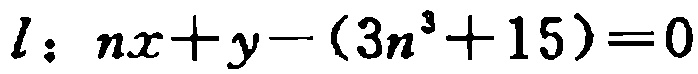
\(l: nx + y - (3n^{3}+15)=0\)